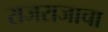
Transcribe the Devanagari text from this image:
राजराजाचा